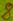
Text: 8